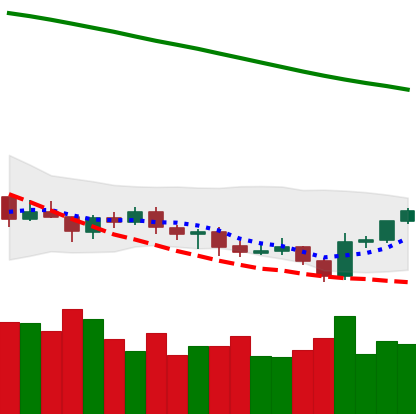
Ticker: BTC-USD
Chart end date: 2021-07-24
Forward return: 16.668%
Label: up_7plus